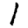
Digit: 1